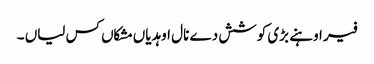
فیر اوہنے بڑی کوشش دے نال اوہدیاں مشکاں کس لیاں ۔